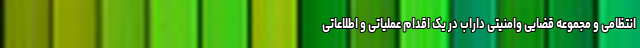
انتظامی و مجموعه قضایی وامنیتی داراب در یک اقدام عملیاتی و اطلاعاتی